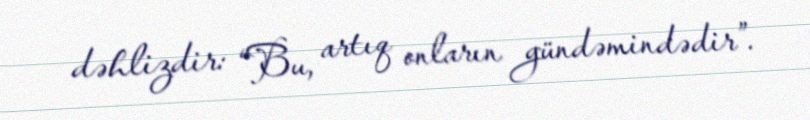
dəhlizdir: “Bu, artıq onların gündəmindədir”.